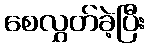
စေလွှတ်ခဲ့ပြီး